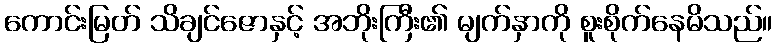
ကောင်းမြတ် သိချင်ဇောနှင့် အဘိုးကြီး၏ မျက်နှာကို စူးစိုက်နေမိသည်။